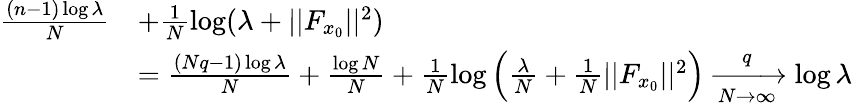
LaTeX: \begin{array}{rl}{\frac{(n-1)\log\lambda}{N}}&{+\frac{1}{N}\log(\lambda+||F_{x_{0}}||^{2})}\\ &{=\frac{(Nq-1)\log\lambda}{N}+\frac{\log N}{N}+\frac{1}{N}\log\Big(\frac{\lambda}{N}+\frac{1}{N}||F_{x_{0}}||^{2}\Big)\xrightarrow[N\rightarrow\infty]q\log\lambda}\end{array}